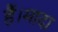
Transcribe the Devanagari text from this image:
हैं।मादा